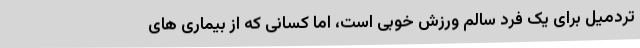
تردمیل برای یک فرد سالم ورزش خوبی است، اما کسانی که از بیماری های